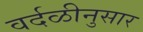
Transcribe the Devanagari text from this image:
वर्दळीनुसार